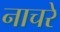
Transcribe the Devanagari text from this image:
नाचरे